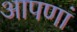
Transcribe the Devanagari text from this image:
आपणां